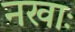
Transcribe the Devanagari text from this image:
नखाः